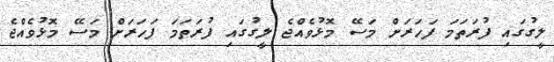
ލީގުގައި ފުރަތަމަ ފަހަރަށް މަސޭ މޮޅުވެއްޖެ ލީގުގައި ފުރަތަމަ ފަހަރަށް މަސޭ މޮޅުވެއްޖެ